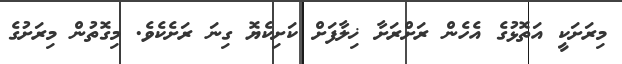
މިރަށަކީ އަތޮޅުގެ އެހެން ރަށްރަށާ ޚިލާފަށް ކަށިކެޔޮ ގިނަ ރަށެކެވެ. މިގޮތުން މިރަށުގެ